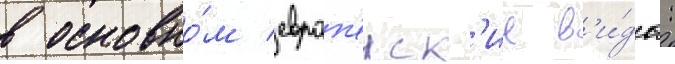
в основно́м европ'еиск'ие в'и́ды: